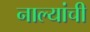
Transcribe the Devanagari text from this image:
नाल्यांची